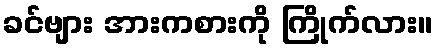
ခင်ဗျား အားကစားကို ကြိုက်လား။